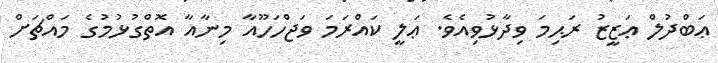
ޢަބްދުލް ޢަޒީޒު ރަޙިމަ ވިދާޅުވިއެވެ. ޢަލީ ކައްރަމަ ވަޖްހަހޫއާ މިނާއާ އޮތްގުޅުމުގެ މައްޗަށް